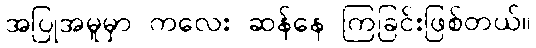
အပြုအမူမှာ ကလေး ဆန်နေ ကြခြင်းဖြစ်တယ်။